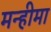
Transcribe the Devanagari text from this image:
मन्हीमा